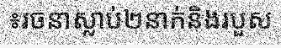
៖រចនាស្លាប់២នាក់និងរបួស